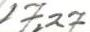
17,27